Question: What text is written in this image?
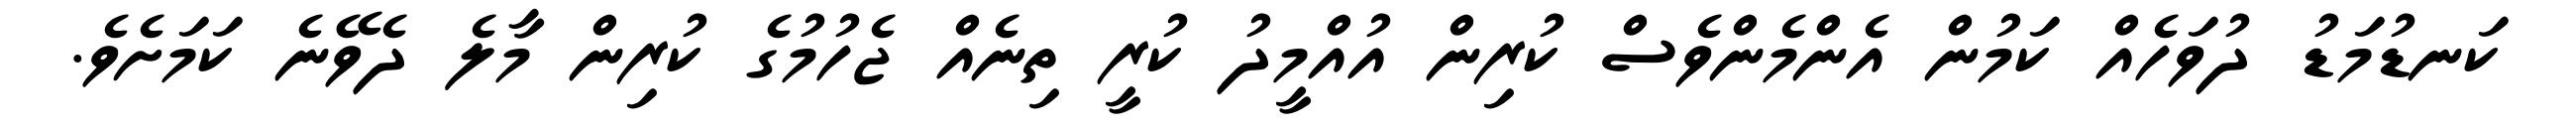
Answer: ކަނޑުމަޑު ދުވަހެއް ކަމުން އެންމެންވެސް ކުރިން އުއްމީދު ކުރީ ތިނެއް ޖެހުމުގެ ކުރިން މާލެ ދެވޭނެ ކަމަށެވެ.